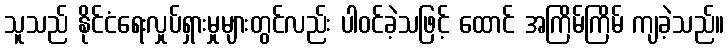
သူသည် နိုင်ငံရေးလှုပ်ရှားမှုများတွင်လည်း ပါဝင်ခဲ့သဖြင့် ထောင် အကြိမ်ကြိမ် ကျခဲ့သည်။